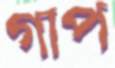
গাপ